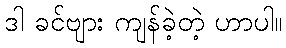
ဒါ ခင်ဗျား ကျန်ခဲ့တဲ့ ဟာပါ။